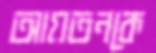
আয়তনকে